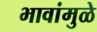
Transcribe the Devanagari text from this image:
भावांमुळे